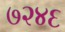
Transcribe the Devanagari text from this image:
७२४६